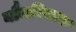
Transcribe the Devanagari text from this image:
यौनविषयक